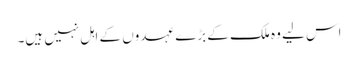
اس لیے وہ ملک کے بڑے عہدوں کے اہل نہیں ہیں۔